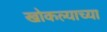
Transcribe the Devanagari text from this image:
खोकल्याच्या